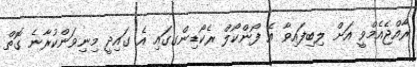
ރާއްޖެއެމްވީ އަށް ލިބިފައިވާ އެ ފޯންކޯލް ރެކޯޑިންގގައި އެ ގައިދީ މިނިވަންކުރާނެ ގޮތް